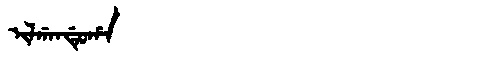
Manchu: ᡳᠯᡤᠠᠨᡩᡠᡥᠠ
Romanization: ILGANDUHA